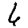
Digit: 6